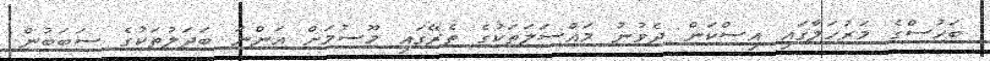
ބަހުސްގެ މަރުހަލާގައި އިސްކަން ދެވުނު މައްސަލަތަކުގެ ތެރޭގައި މޫސުމަށް އަންނަ ބަދަލުތަކުގެ ސަބަބުން